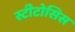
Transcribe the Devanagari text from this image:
स्टीटोसिस